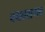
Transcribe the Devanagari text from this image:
बग्रब्रग्रगब